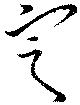
定